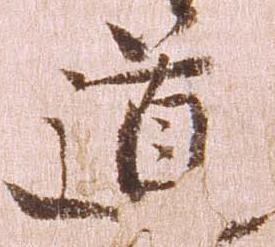
道